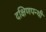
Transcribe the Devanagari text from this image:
दक्षिणपन्थी